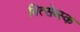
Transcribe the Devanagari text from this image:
वित्सेब्स्क